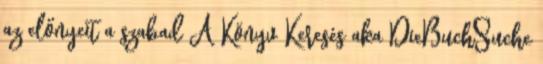
az előnyeit a szabad A Könyv Keresés aka DieBuchSuche